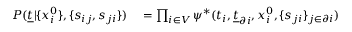
\begin{array} { r l } { P ( \underline { { t } } | \{ x _ { i } ^ { 0 } \} , \{ s _ { i j } , s _ { j i } \} ) } & { { } = \prod _ { i \in V } \psi ^ { * } ( t _ { i } , \underline { { t } } _ { \partial i } , x _ { i } ^ { 0 } , \{ s _ { j i } \} _ { j \in \partial i } ) } \end{array}